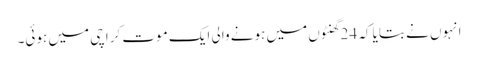
انہوں نے بتایا کہ 24 گھنٹوں میں ہونے والی ایک موت کراچی میں ہوئی۔